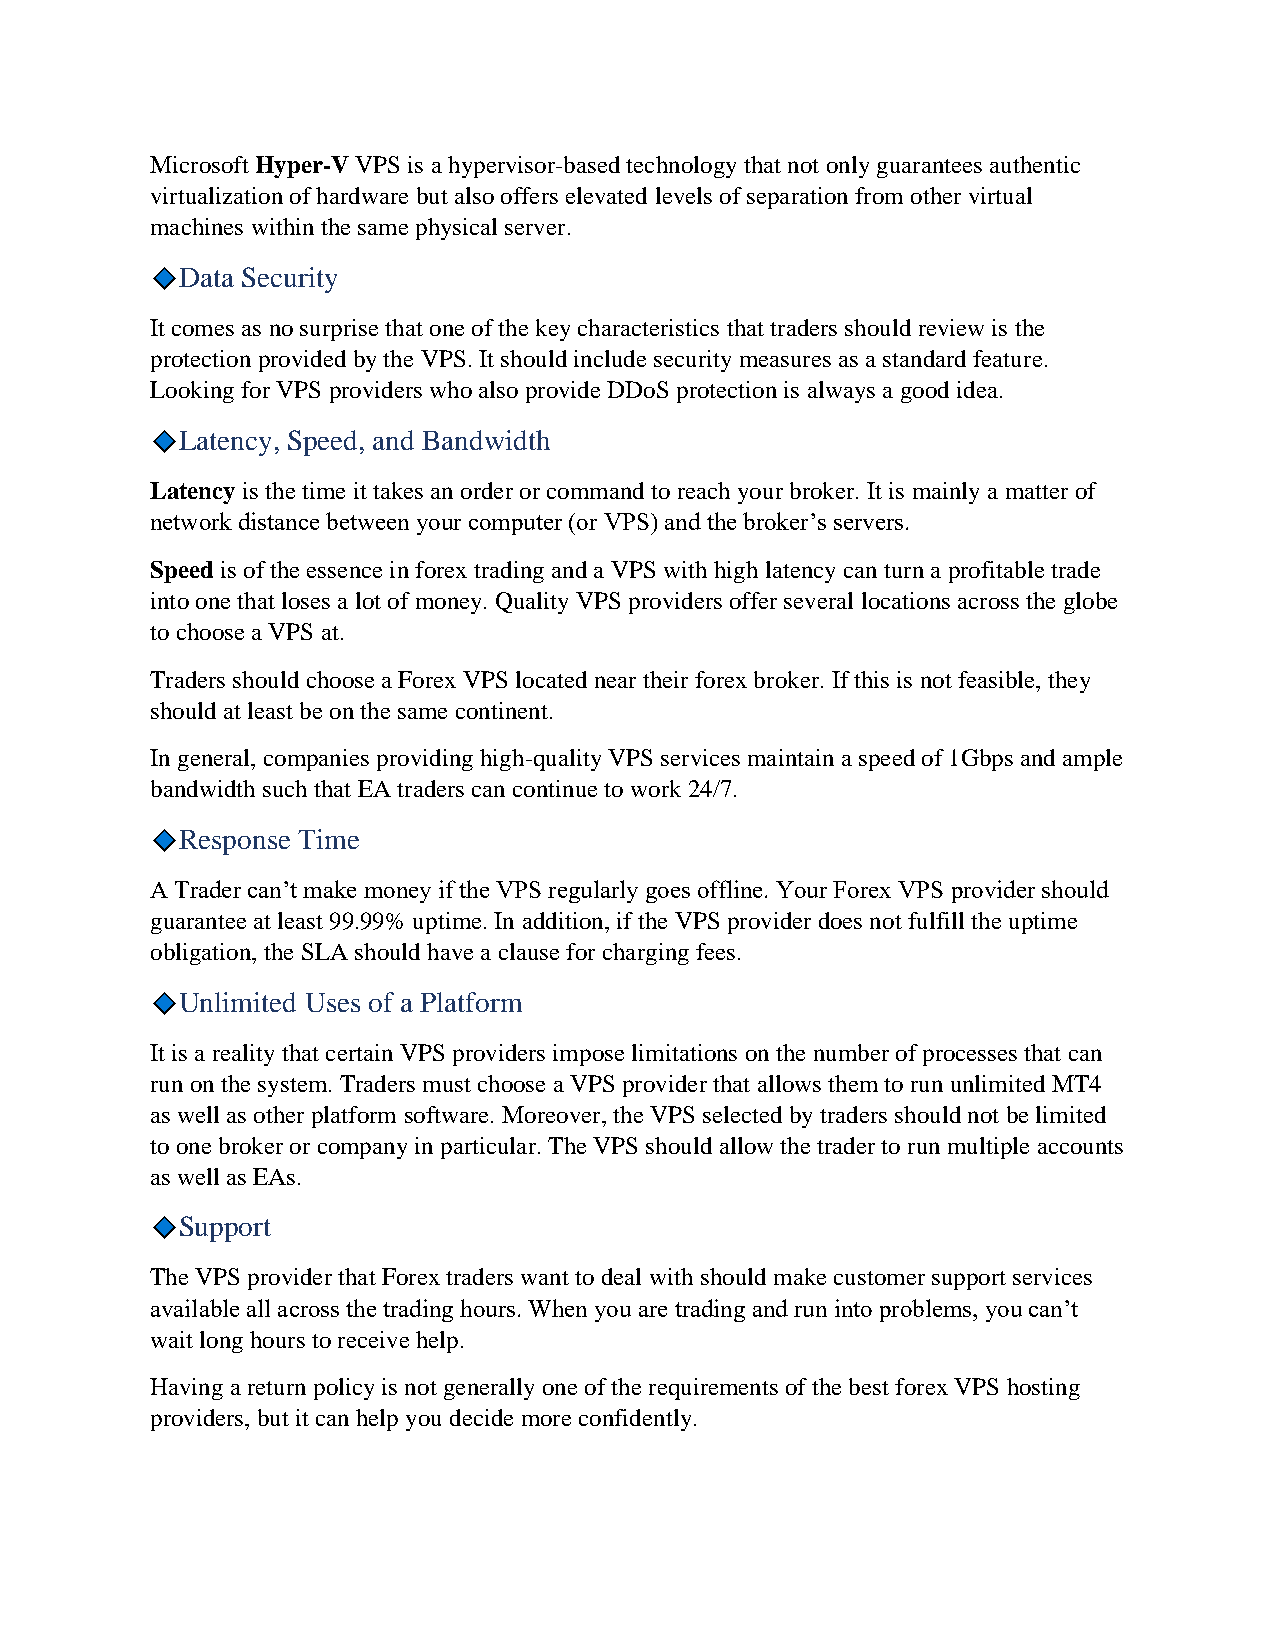
Microsoft Hyper-V VPS is a hypervisor-based technology that not only guarantees authentic
 virtualization of hardware but also offers elevated levels of separation from other virtual
 machines within the same physical server.
 Data Security
 It comes as no surprise that one of the key characteristics that traders should review is the
 protection provided by the VPS. It should include security measures as a standard feature.
 Looking for VPS providers who also provide DDoS protection is always a good idea.
 Latency, Speed, and Bandwidth
 Latency is the time it takes an order or command to reach your broker. It is mainly a matter of
 network distance between your computer (or VPS) and the broker’s servers.
 Speed is of the essence in forex trading and a VPS with high latency can turn a profitable trade
 into one that loses a lot of money. Quality VPS providers offer several locations across the globe
 to choose a VPS at.
 Traders should choose a Forex VPS located near their forex broker. If this is not feasible, they
 should at least be on the same continent.
 In general, companies providing high-quality VPS services maintain a speed of 1Gbps and ample
 bandwidth such that EA traders can continue to work 24/7.
 Response Time
 A Trader can’t make money if the VPS regularly goes offline. Your Forex VPS provider should
 guarantee at least 99.99% uptime. In addition, if the VPS provider does not fulfill the uptime
 obligation, the SLA should have a clause for charging fees.
 Unlimited Uses of a Platform
 It is a reality that certain VPS providers impose limitations on the number of processes that can
 run on the system. Traders must choose a VPS provider that allows them to run unlimited MT4
 as well as other platform software. Moreover, the VPS selected by traders should not be limited
 to one broker or company in particular. The VPS should allow the trader to run multiple accounts
 as well as EAs.
 Support
 The VPS provider that Forex traders want to deal with should make customer support services
 available all across the trading hours. When you are trading and run into problems, you can’t
 wait long hours to receive help.
 Having a return policy is not generally one of the requirements of the best forex VPS hosting
 providers, but it can help you decide more confidently.